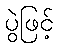
ပွဲဖြင့်